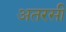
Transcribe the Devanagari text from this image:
अतरसी